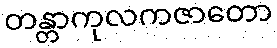
တန္တာကုလကဇာတော